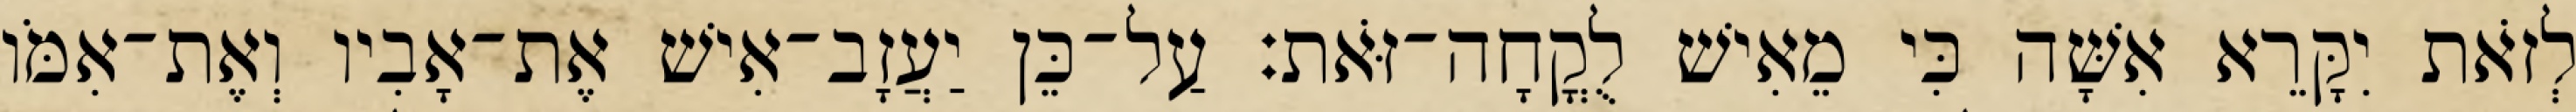
לְזֹאת יִקָּרֵא אִשָּׁה כִּי מֵאִישׁ לֻקֳחָה־זֹּאת׃ עַל־כֵּן יַעֲזָב־אִישׁ אֶת־אָבִיו וְאֶת־אִמֹּו